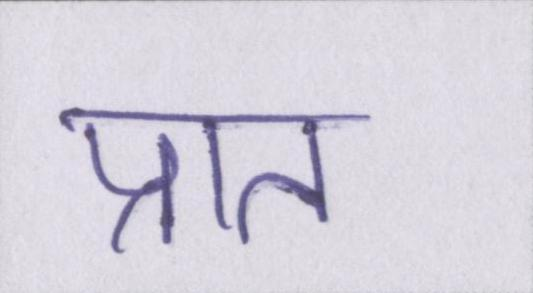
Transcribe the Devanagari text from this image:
प्रात